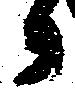
々